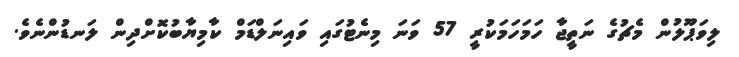
ލިވަޕޫލުން މެޗުގެ ނަތީޖާ ހަމަހަމަކުރީ 57 ވަނަ މިނެޓުގައި ވައިނަލްޑަމް ކާމިޔާބުކޮށްދިން ލަނޑުންނެވެ.